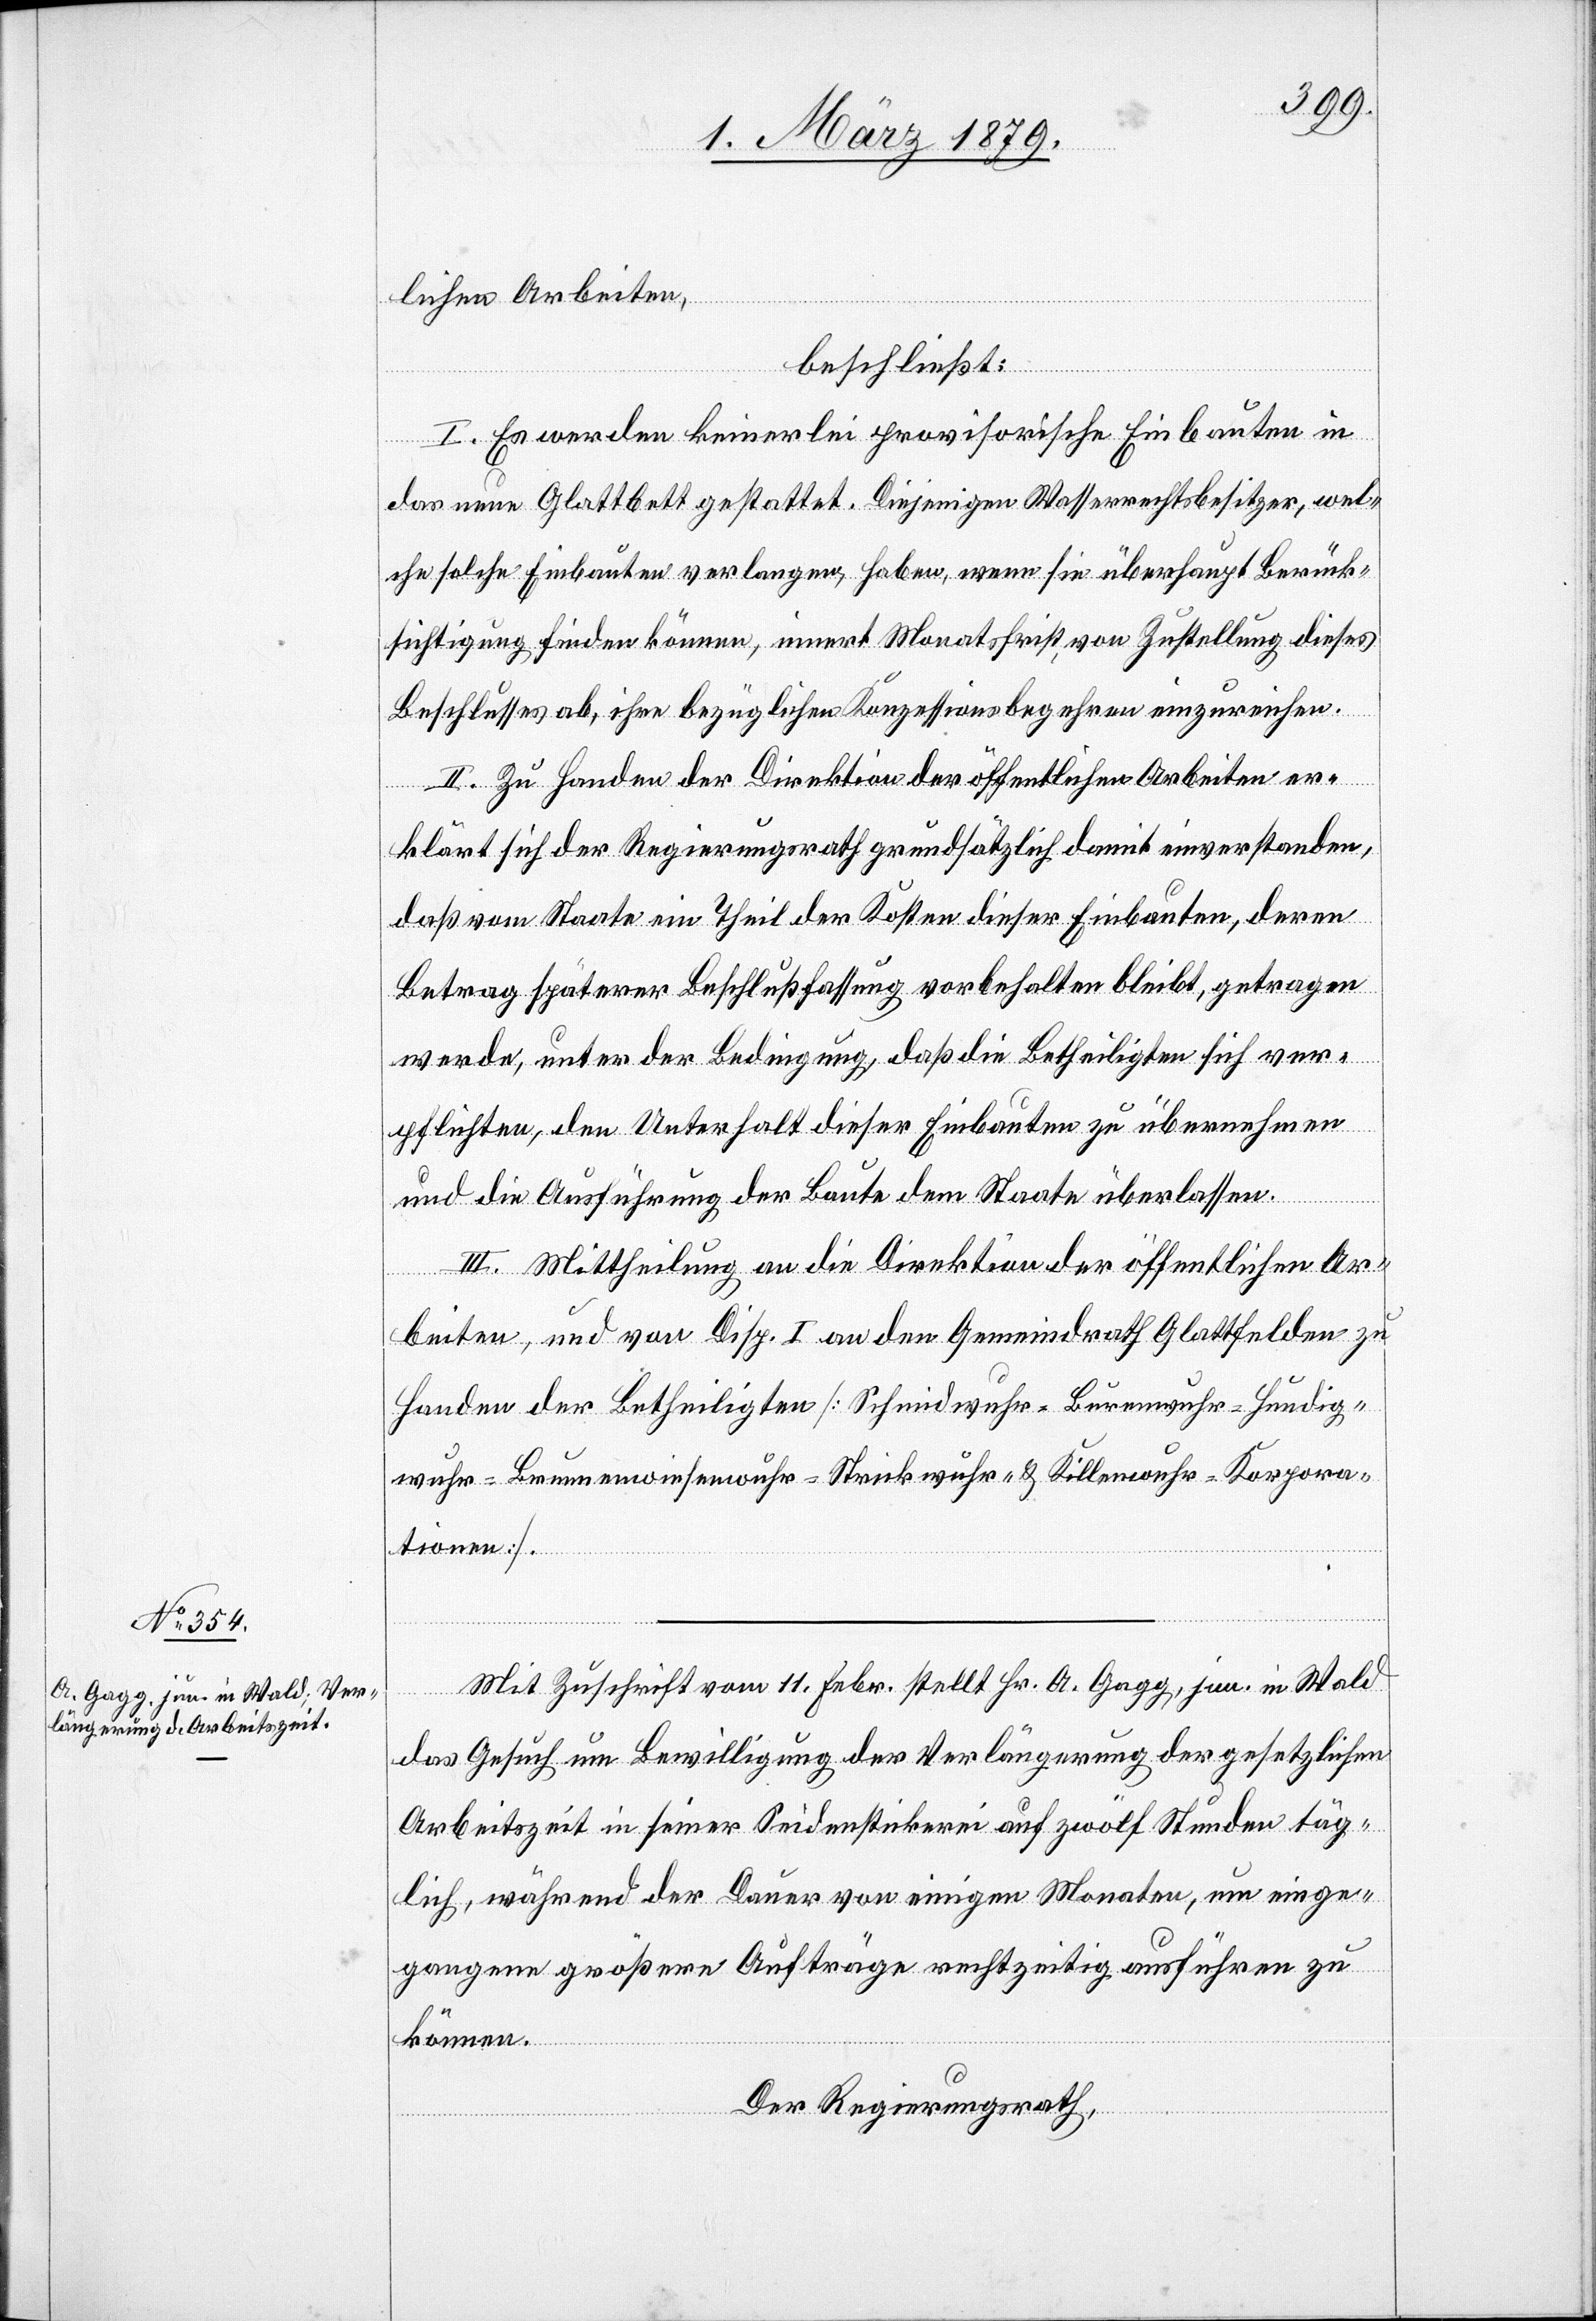
lichen Arbeiten,
beschließt:
I. Es werden keinerlei provisorische Bauten in
das neue Glattbett gestattet. Diejenigen Wasserrechtsbesitzer, wel¬
che solche Einbauten verlangen, haben, wenn sie überhaupt Berück¬
sichtigung finden können, innert Monatsfrist von Zustellung dieses
Beschlusses ab, ihre bezüglichen Konzessionsbegehren einzureichen.
II. Zu Handen der Direktion der öffentlichen Arbeiten er¬
klärt sich der Regierungsrath grundsätzlich damit einverstanden,
daß vom Staate ein Theil der Kosten dieser Einbauten, deren
Betrag späterer Beschlußfassung vorbehalten bleibt, getragen
werde, unter der Bedingung, daß die Betheiligten sich ver¬
pflichten, den Unterhalt dieser Einbauten zu übernehmen
und die Ausführung der Baute dem Staate überlassen.
III. Mittheilung an die Direktion der öffentlichen Ar¬
beiten, und von Disp. I an den Gemeindrath Glattfelden zu
Handen der Betheiligten [Schmidwuhr- Burenwuhr- Hundig¬
wuhr- Brunnenwiesenwuhr- Strickwuhr- & Killenwuhrkorpora¬
tionen].
Mit Zuschrift vom 11. Febr. stellt Hr. A. Gagg, jun. in Wald
das Gesuch um Bewilligung der Verlängerung der gesetzlichen
Arbeitszeit in seiner Seidenstickerei auf zwölf Stunden täg¬
lich, während der Dauer von einigen Monaten, um einge¬
gangene größere Aufträge rechtzeitig ausführen zu
können.
Der Regierungsrath,